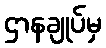
ဌာနချုပ်မှ